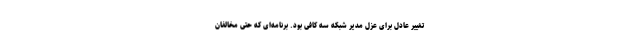
تغییر عادل برای عزل مدیر شبکه سه کافی بود. برنامه‌ای که حتی مخالفان